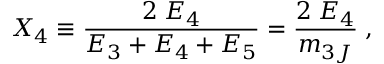
X _ { 4 } \equiv \frac { 2 \; E _ { 4 } } { E _ { 3 } + E _ { 4 } + E _ { 5 } } = \frac { 2 \; E _ { 4 } } { m _ { 3 J } } \; ,